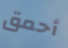
أحمق